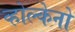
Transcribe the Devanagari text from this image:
व्होल्केनो